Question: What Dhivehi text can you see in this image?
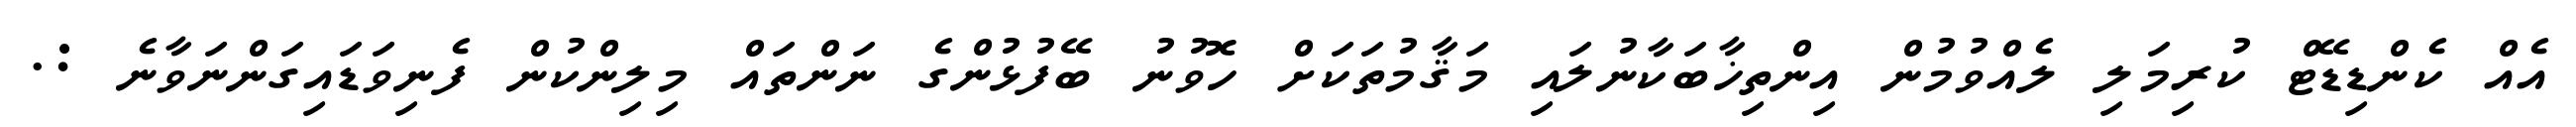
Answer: އެއް ކެންޑިޑޭޓް ކުރިމަލި ލެއްވުމުން އިންތިޚާބަކާނުލައި މަޤާމުތަކަށް ހޮވުނު ބޭފުޅުންގެ ނަންތައް މިލިންކުން ފެނިވަޑައިގަންނަވާނެ :.